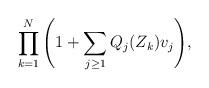
LaTeX: \begin{align*}\prod_{k=1}^N \Bigg ( 1 + \sum_{j\geq 1}Q_j(Z_k)v_j\Bigg ),\end{align*}